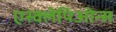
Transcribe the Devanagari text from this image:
एस्क्लेपिओन्स